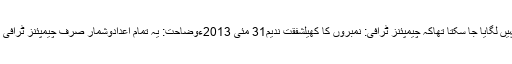
ابتدائی حالات دیکھ کر تو اندازہ نہیں لگایا جا سکتا تھاکہ چیمپئنز ٹرافی: نمبروں کا کھیلشفقت ندیم31 مئی 2013ءوضاحت: یہ تمام اعدادوشمار صرف چیمپئنز ٹرافی میں کھیلے گئے مقابلوں کے ہیں۔